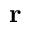
{ \bf r }